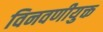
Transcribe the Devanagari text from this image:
विनवणीयुक्त